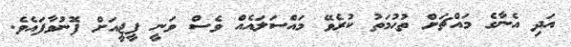
އަދި އެނާގެ މައްޗަށް ތުޙުމަތު ކުރެވޭ މައްސަލައެއް ވެސް ވަނީ ޕީޖީއަށް ފޮނުވާފައެވެ.